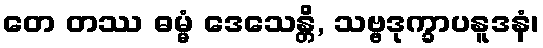
တေ တဿ ဓမ္မံ ဒေသေန္တိ, သဗ္ဗဒုက္ခာပနူဒနံ၊